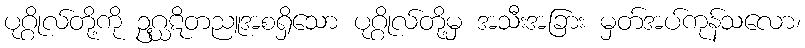
ပုဂ္ဂိုလ်တို့ကို ဥဂ္ဃဋိတညူအစရှိသော ပုဂ္ဂိုလ်တို့မှ အသီးအခြား မှတ်အပ်ကုန်သလော၊